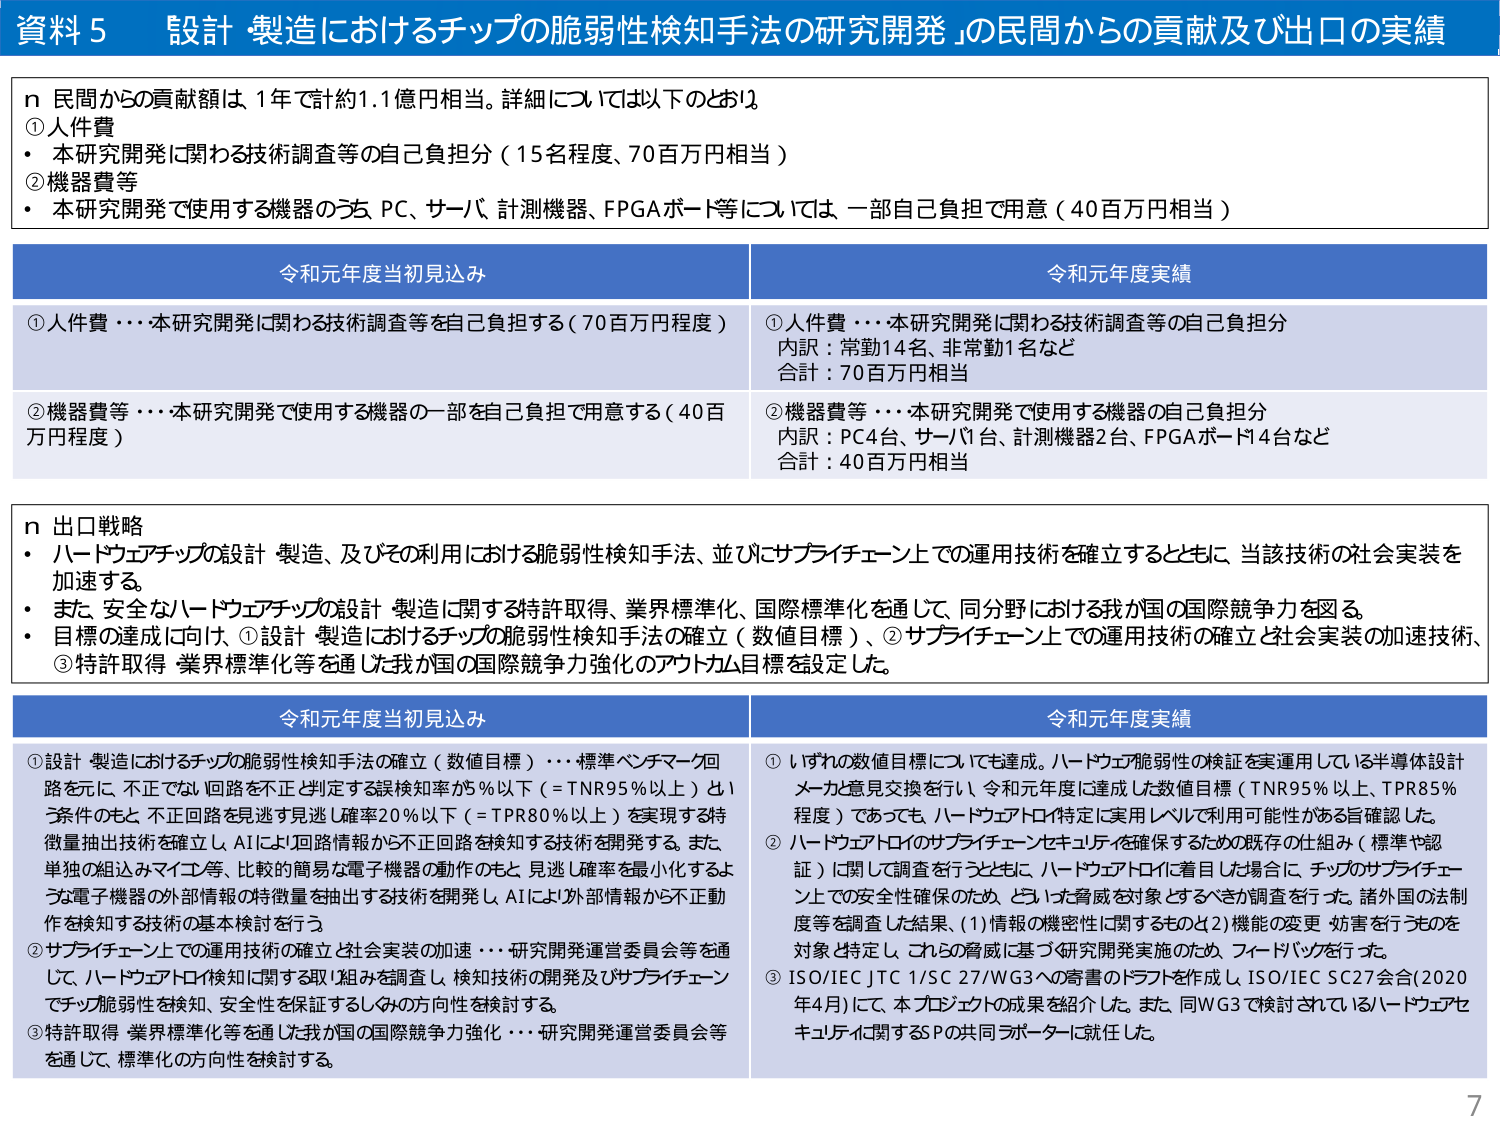
資料５ 設計・製造におけるチップの脆弱性検知手法の研究開発」の民間からの貢献及び出口の実績

ｎ 民間からの貢献額は、1年で計約1.1億円相当。詳細については以下のとおり。
①人件費
・本研究開発に関わる技術調査等の自己負担分（15名程度、70百万円相当）
②機器費等
・本研究開発で使用する機器のうち、PC、サーバ、計測機器、FPGAボード等については、一部自己負担で用意（40百万円相当）

令和元年度当初見込み